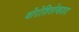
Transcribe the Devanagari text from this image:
वोरोशिलोव्हग्राद